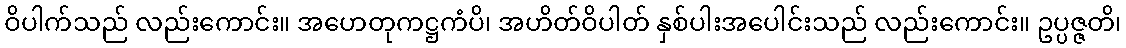
ဝိပါက်သည် လည်းကောင်း။ အဟေတုကဋ္ဌကံပိ၊ အဟိတ်ဝိပါတ် နှစ်ပါးအပေါင်းသည် လည်းကောင်း။ ဥပ္ပဇ္ဇတိ၊